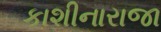
કાશીનારાજા